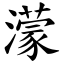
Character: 濛